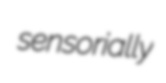
sensorially